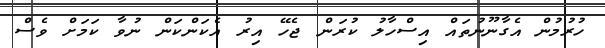
ހުރުމުން އެގާނޫނުތައް އިސްހާލު ކުރަން ޖެހޭ އިރު އެކަންކަން ނުވާ ކަމަށް ވެސް